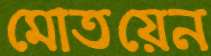
মোতয়েন